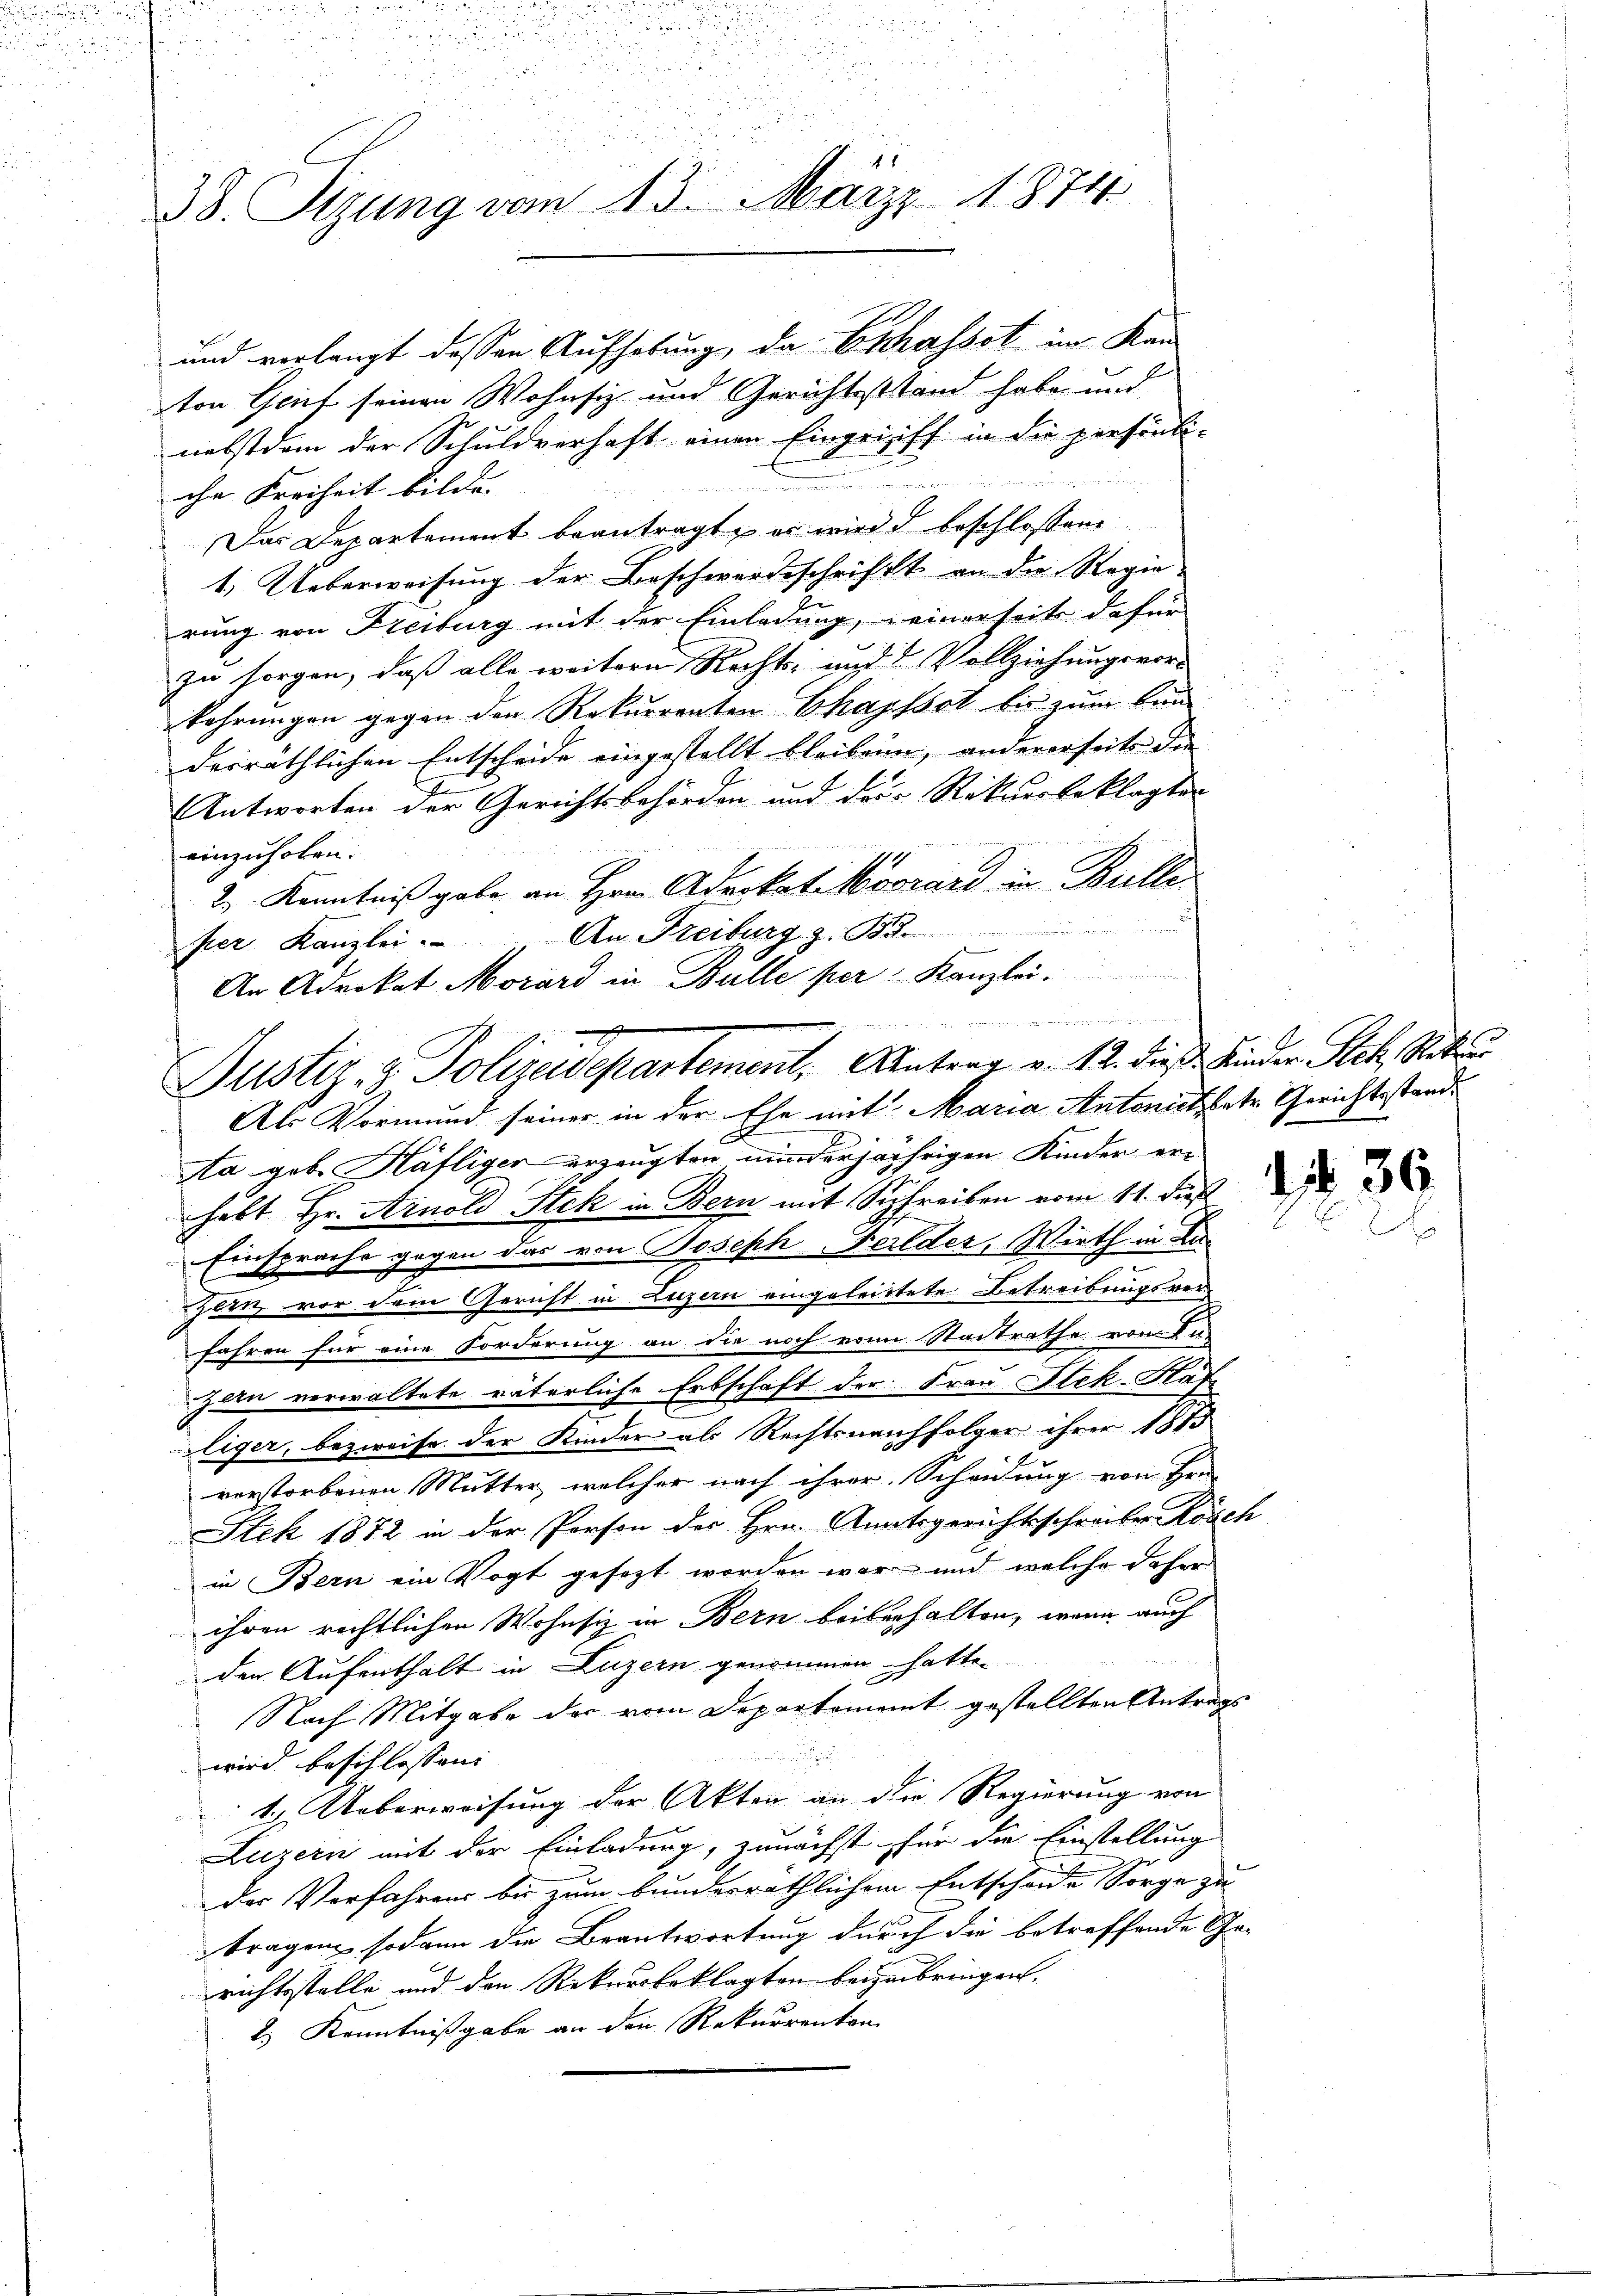
38. Stzung vom 13. März 1874

Als Vormund seiner in der Ehe mit Maria Antonatsbetr. Gerichtsstand¬

und verlangt dessen Aufhebung, da Eschafsot im Kan
ton Grief seinen Wohnsiz und Gerichtsstand habe und
nebstdem der Schuldverhaft einen Eingriff in die persönli-

ihr Freiheit bilde.
Das Departement beantragt, er wird beschlossen
1. Ueberweisung der Beschwerdeschrift an die Regie
rung von Freiburg mit der Einladung, einerseit dafür
zu sorgen, daß alle weitern Rechts- und 2 Vollziehungsvor-
kehrungen gegen den Rekurrenten Chapssot bis zum Bunderräthlichen Entscheide eingestellt bleiben, andererseits die
Antworten der Gerichtsbehörden und der Rekursbeklagten
e
einzuholen.
2.) Kenntniß gabe an Hrn. Advokat Movrard in Bulle
.
per Kanzlei. An Freiburg z. B.
An Advokat Morard in Bulle per Kanzlei.
.
Justiz- & Polizeidepartement, Antrag v. 12. dieß Kinder Sich Stellu

sta gebe Häfliger erzeugten minderjährigen Kinder erhabt Hr. Arnold Stek in Bern mit Sichreiben vom 11. dieß
Einsprache gegen das von Joseph Feilder, Wirth in de
Zeen vor dem Gericht in Luzern eingeleistete Betreibungsverfahren für eine Forderung an die noch von Stadtrathe von In-
zan verwaltete väterliche Erbschaft der Frau Stek-Har
liger, bezweife der Kinder als Rechtsnachfolger ihrer 1815
vorstorbenen Mutter, welcher nach ihrer Scheidung von Hrn.
Stek 1872 in der Person der Hrn. Amatsgerichtsschreiber Rosch
in Bern ein Vogt gesezt worden war und welche daher
ihren rechtlichen Wohnsiz in Bern beiberhalten, wenn auch
den Aufenthalt in Luzern genommen hatte.
Nach Mitgabe der vom Departement gestellten Antrags

wird beschlossen: |
1. Ueberweisung der Akten an die Regierung von
Luzern mit der Einladung, zunächst für die Einstellung
der Verfahrens bis zum bundesräthlichem Entscheide Sorge zu |
tragen sodann die Beantwortung durch die betreffende Ge-
richtsstelle und den Rekursbeklagten beizubringen.
2.) Kenntnißgabe an den Rekurrenton

d

36